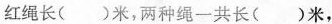
红绳长()米，两种绳一共长()米，